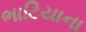
ભાટિયાના